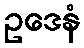
ဥဒေနံ